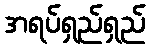
အရပ်ရှည်ရှည်